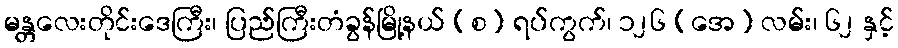
မန္တလေးတိုင်းဒေကြီး၊ ပြည်ကြီးတံခွန်မြို့နယ် (စ) ရပ်ကွက်၊ ၁၂၆ (အေ) လမ်း၊ ၆၂ နှင့်